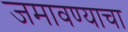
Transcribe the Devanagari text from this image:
जमावण्याचा